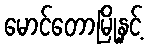
မောင်တောမြို့နှင့်